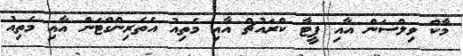
މާކް ވިލްސަން އާއި ޕީޓާ ކްރައުޗް އާއި މެތިއު އެތެރިންގްޓަން އާއި މެތިއު